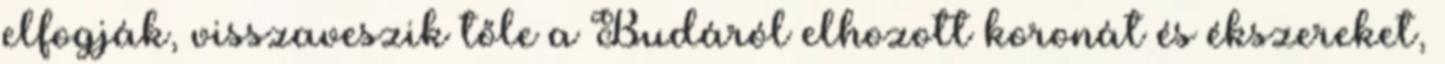
elfogják, visszaveszik tőle a Budáról elhozott koronát és ékszereket,